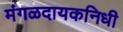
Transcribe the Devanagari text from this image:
मंगळदायकनिधी